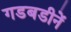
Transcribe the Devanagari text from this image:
गडबडीनें